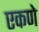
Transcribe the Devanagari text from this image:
एकणे